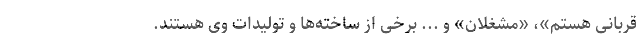
قربانی هستم»، «مشغلان» و ... برخی از ساخته‌ها و تولیدات وی هستند.